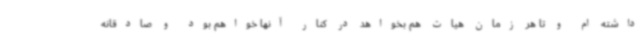
داشته ام و تا هر زمان هیات هم بخواهد در کنار آنها خواهم بود و صادقانه